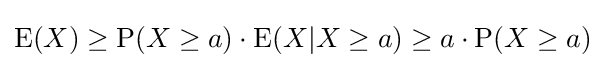
\operatorname {E} (X)\geq \operatorname {P} (X\geq a)\cdot \operatorname {E} (X|X\geq a)\geq a\cdot \operatorname {P} (X\geq a)